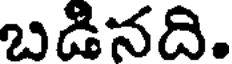
బడినది.